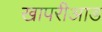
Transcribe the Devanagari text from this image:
खापरीआड